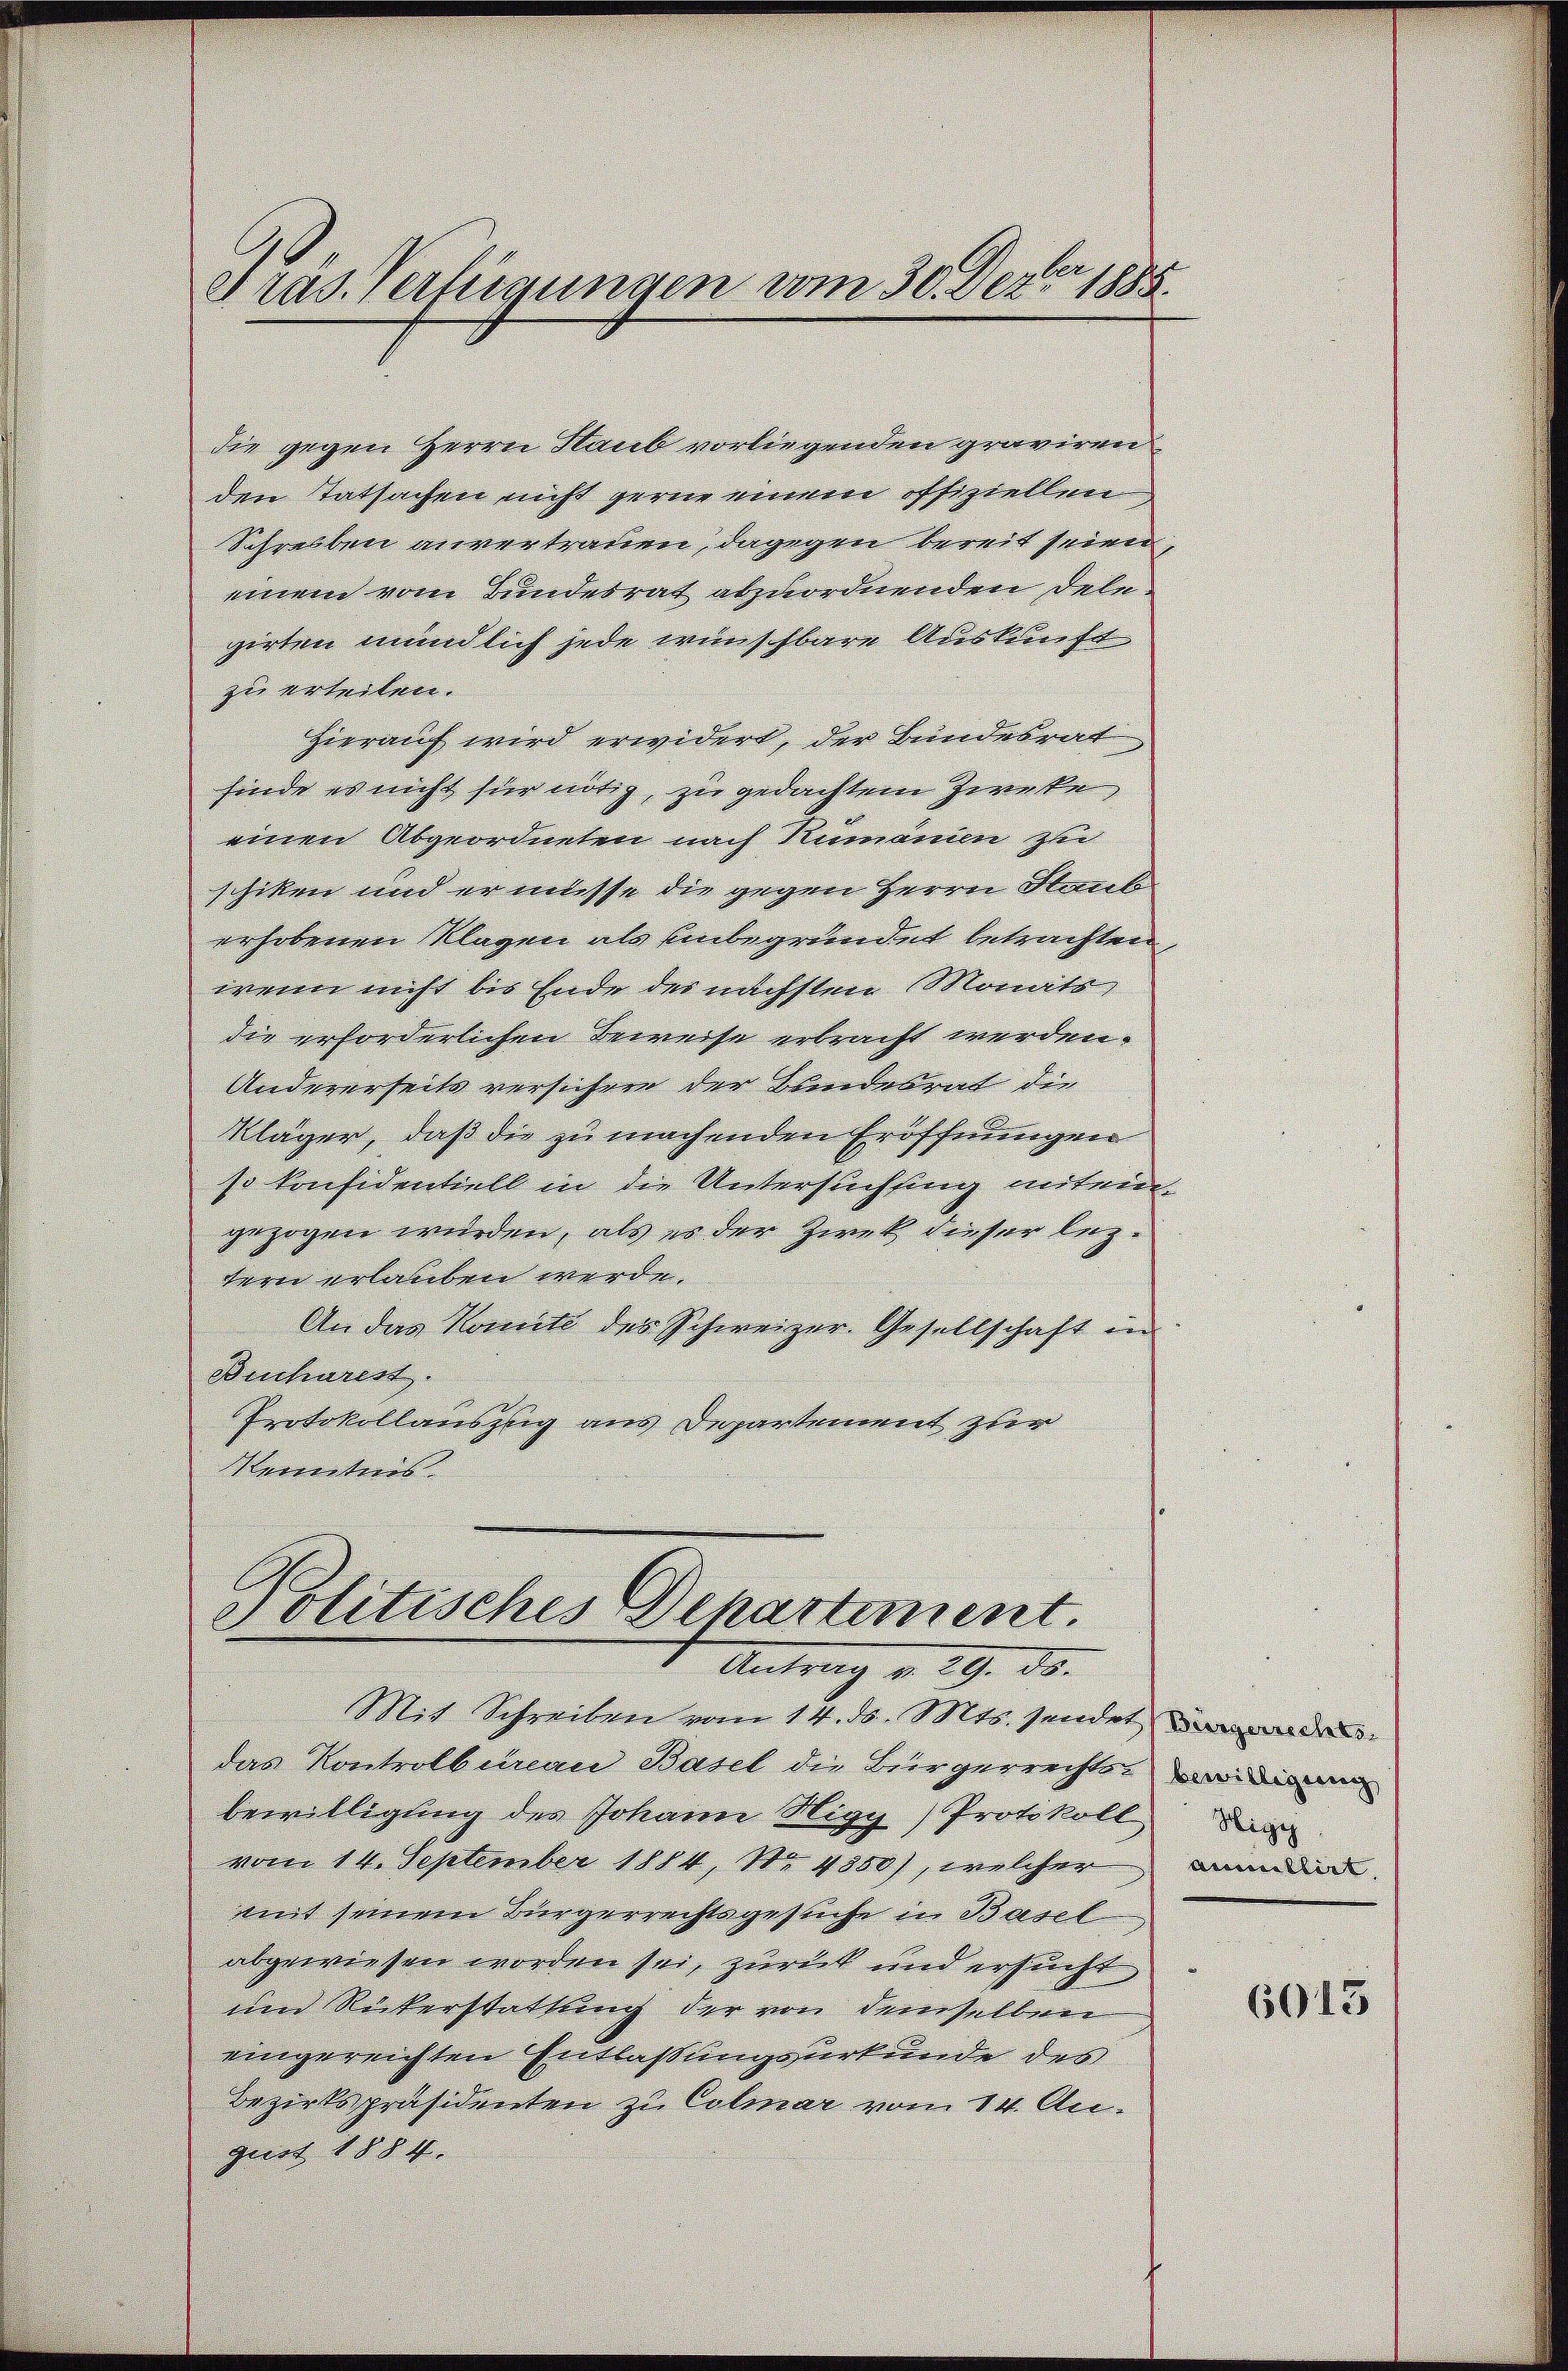
dras. Verfügungen vom 30. Dez. 1885.

die gegen Herrn Staub vorliegenden graviren
den Tatsachen nicht gerne einem offiziellen
Schreiben anvertrauen, dagegen bereit seien,
einem vom Bundesrat abzuordnenden Delegirten mündlich jede wünschbare Auskunft
zu erleiten.
Hierauf wird erwidert, der Bundesrat
finde es nicht für nötig, zu gedachtem Zwecke
einen Abgeordneten nach Rumann zu
schiken und er müsse die gegen Herrn Staub
erhobenen Klagen als einbegründet betrachten
wenn nicht bis Ende des nächsten Monats
die erforderlichen Beweise erbracht werden.
Andererheits versichen der Bundesrat die
Kläger, daß die zu machenden Eröffnungen
so konsidentiell in die Untersuchung miteingezogen würden, als es der Zwek dieser leztern erlauben werde.
An das Komité des Schweizer-Gesellschaft in
Bucharest.
Protokollauszug aus Departement zur
Kenntnis
Politisches Departement.

Antrag v. 29. ds.

Mit Schreiben vom 14. ds. Mts. sendet de
das Kontrolburau Basel die Bürgerrechts di
bewilligung des Johann Higy) Protokoll
vom 14. September 1884, No. 4350), welcher ann
mit seinem Bürgerrechtsgesuche in Basel
abgewiesen worden sei, zurück und ersucht
und Rückerstattung der von demselben
eingereichten Entlassungsurkunde des
Bezirkspräsidenten zu Colmar vom 14. Au
gust 1884.

Hige

6013